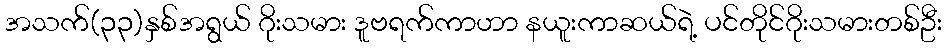
အသက်(၃၃)နှစ်အရွယ် ဂိုးသမား ဒူဗရက်ကာဟာ နယူးကာဆယ်ရဲ့ ပင်တိုင်ဂိုးသမားတစ်ဦး